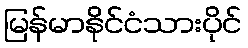
မြန်မာနိုင်ငံသားပိုင်